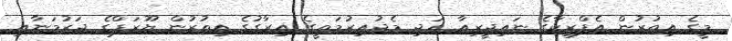
މީގެ އިތުރުން އެފްރިކާގެ ނައިޖީރިއާ އަދި މެދުއިރުމަތީގެ އިރާގުގެ އިތުރުން ޔޫރަޕްގެ ޖަރުމަނާއި